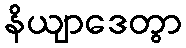
နိယျာဒေတွာ